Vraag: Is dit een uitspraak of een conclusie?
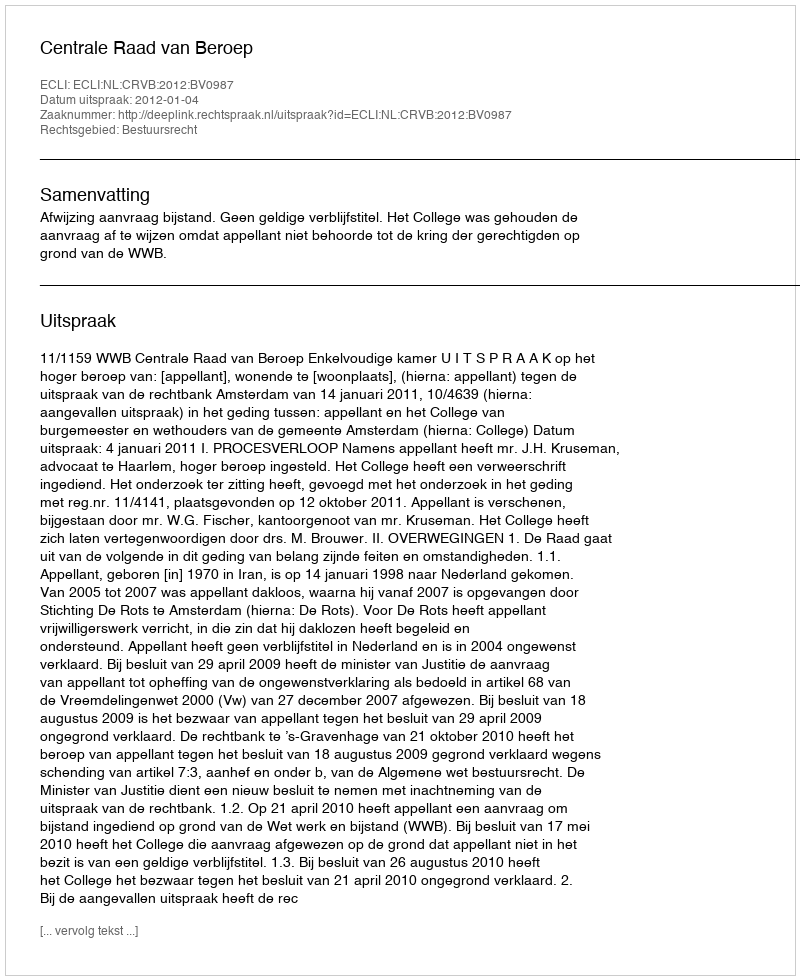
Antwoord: Uitspraak